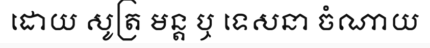
ដោយ សូត្រ មន្ត ឬ ទេសនា ចំណាយ